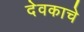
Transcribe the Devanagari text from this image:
देवकाचे